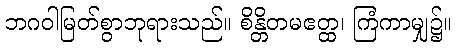
ဘဂဝါမြတ်စွာဘုရားသည်။ စိန္တိတမဧတ္ထ၊ ကြံကာမျှ၌။